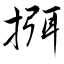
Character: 挕